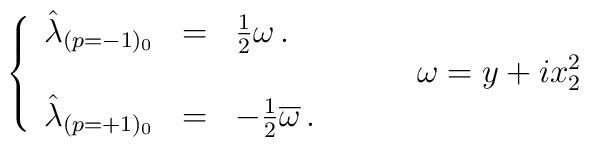
\left\{\begin{array}{rcl}\hat{\lambda}_{(p=-1)_{0}} & = &{\textstyle\frac{1}{2}} \omega\, .\\& & \\\hat{\lambda}_{(p=+1)_{0}} & = &-{\textstyle\frac{1}{2}} \overline{\omega}\, .\\\end{array}\right.\hspace{1cm}\omega=y+ix_{2}^{2}